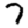
Digit: 7